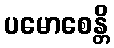
ပမောစေန္တိ